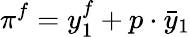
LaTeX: \pi^{f}=y_{1}^{f}+p\cdot{\bar{y}}_{1}